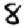
Digit: 8